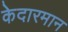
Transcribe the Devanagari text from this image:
केदारमान